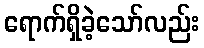
ရောက်ရှိခဲ့သော်လည်း